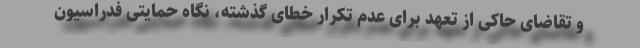
و تقاضای حاکی از تعهد برای عدم تکرار خطای گذشته، نگاه حمایتی فدراسیون